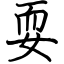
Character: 耍